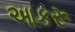
આકરૂ